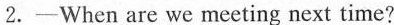
2.-When are we meeting next time?